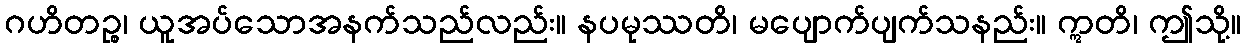
ဂဟိတဉ္စ၊ ယူအပ်သောအနက်သည်လည်း။ နပမုဿတိ၊ မပျောက်ပျက်သနည်း။ ဣတိ၊ ဤသို့။